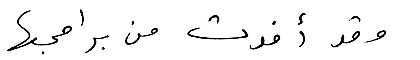
وقد أفدت من برامجها